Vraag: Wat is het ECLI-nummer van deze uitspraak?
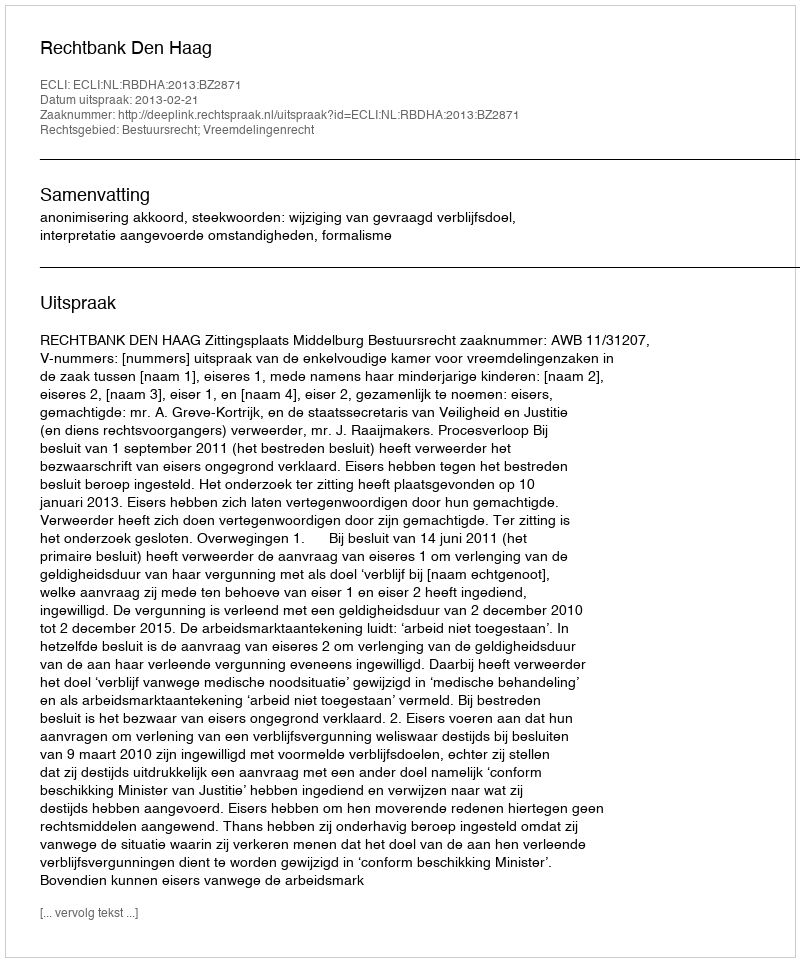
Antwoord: ECLI:NL:RBDHA:2013:BZ2871